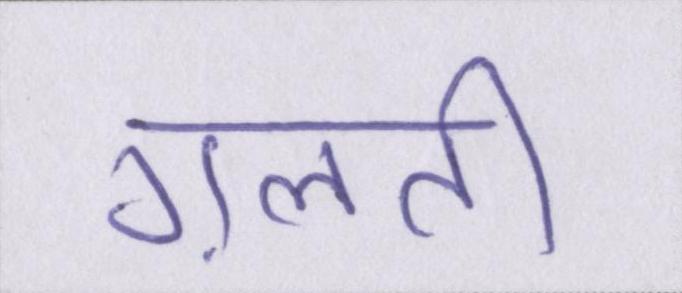
ग़लती